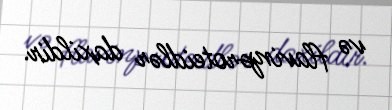
və flavinproteidlər daxildir.